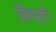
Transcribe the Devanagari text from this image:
किंगलाँग